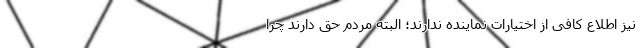
نیز اطلاع کافی از اختیارات نماینده ندارند؛ البته مردم حق دارند چرا